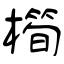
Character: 橁